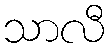
သာလီ